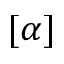
[ \alpha ]